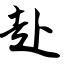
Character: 赴